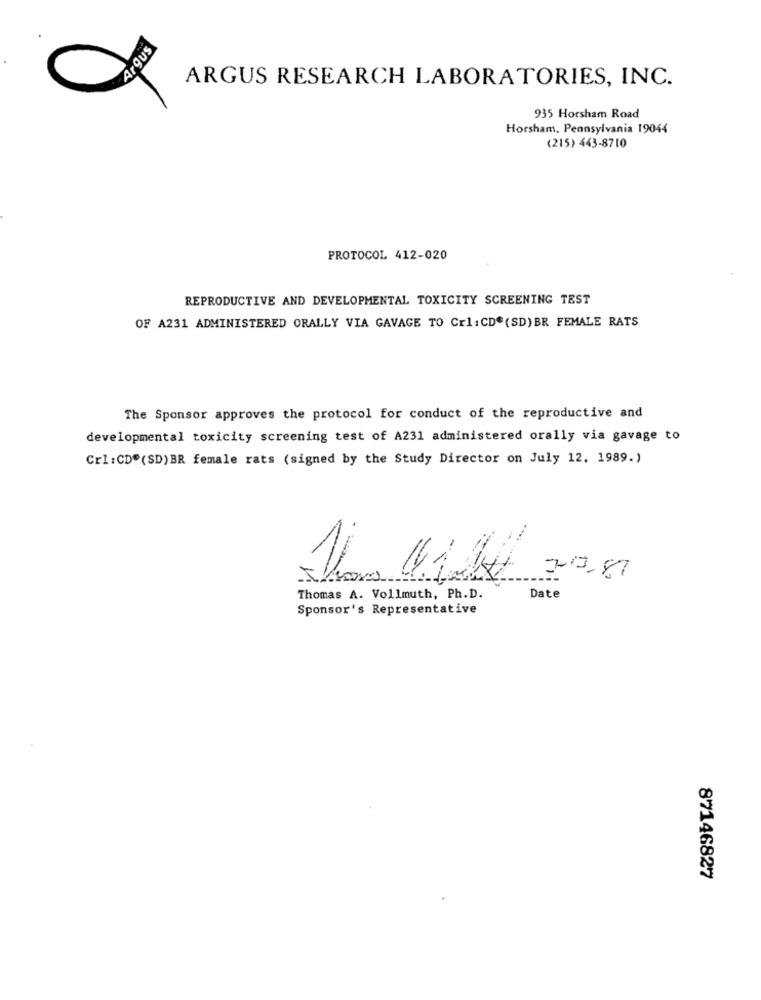
Argus
ARGUS RESEARCH LABORATORIES, INC.
935 Horsham Road
Horsham, Pennsylvania 19044
(215) 443-8710
PROTOCOL 412-020
REPRODUCTIVE AND DEVELOPMENTAL TOXICITY SCREENING TEST
OF A231 ADMINISTERED ORALLY VIA GAVAGE TO Crl:CD.(SD) BR FEMALE RATS
The Sponsor approves the protocol for conduct of the reproductive and
developmental toxicity screening test of A231 administered orally via gavage to
Crl:CD.(SD)BR female rats (signed by the Study Director on July 12. 1989.)
....
Thomas
Date
Thomas A. Vollmuth, Ph.D.
Sponsor's Representative
87146827